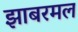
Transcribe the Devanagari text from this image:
झाबरमल